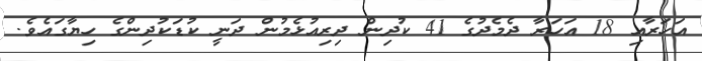
އަހަރާއި 18 އަހަރާ ދެމެދުގެ 41 ކުދިން ދިރިއުޅެމުން ދަނީ ކުޑަކުދިންގެ ހިޔާގައެވެ.